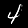
Digit: 4